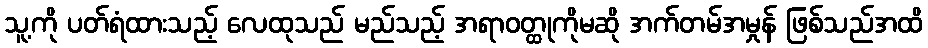
သူ့ကို ပတ်ရံထားသည့် လေထုသည် မည်သည့် အရာဝတ္ထုကိုမဆို အက်တမ်အမှုန် ဖြစ်သည်အထိ